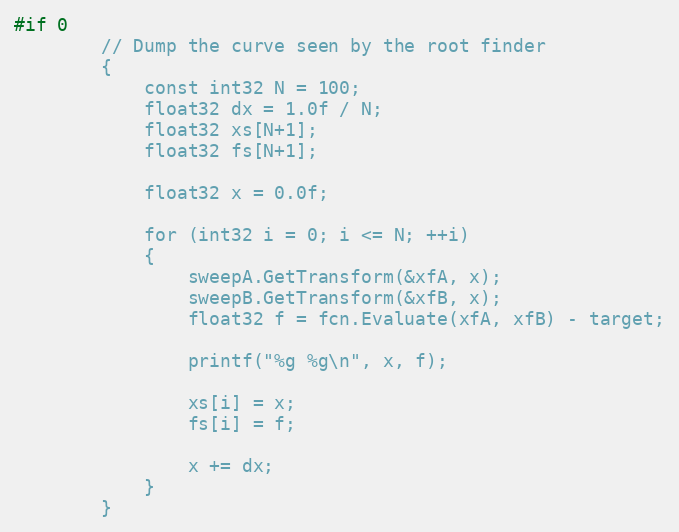
Language: C++
#if 0
		// Dump the curve seen by the root finder
		{
			const int32 N = 100;
			float32 dx = 1.0f / N;
			float32 xs[N+1];
			float32 fs[N+1];

			float32 x = 0.0f;

			for (int32 i = 0; i <= N; ++i)
			{
				sweepA.GetTransform(&xfA, x);
				sweepB.GetTransform(&xfB, x);
				float32 f = fcn.Evaluate(xfA, xfB) - target;

				printf("%g %g\n", x, f);

				xs[i] = x;
				fs[i] = f;

				x += dx;
			}
		}